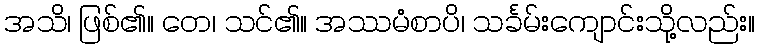
အသိ၊ ဖြစ်၏။ တေ၊ သင်၏။ အဿမံစာပိ၊ သင်္ခမ်းကျောင်းသို့လည်း။